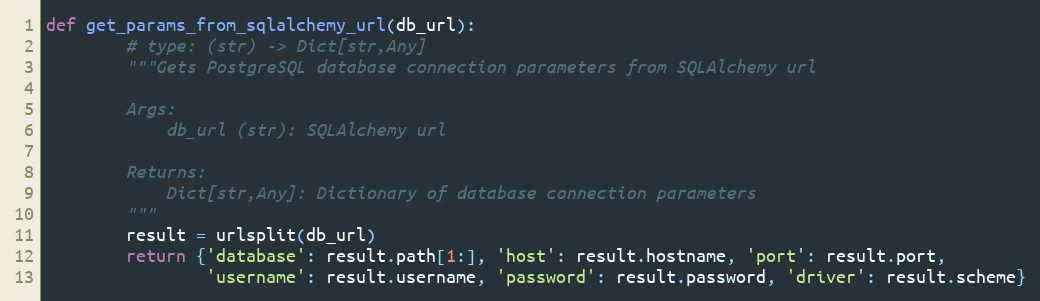
Language: Python
def get_params_from_sqlalchemy_url(db_url):
        # type: (str) -> Dict[str,Any]
        """Gets PostgreSQL database connection parameters from SQLAlchemy url

        Args:
            db_url (str): SQLAlchemy url

        Returns:
            Dict[str,Any]: Dictionary of database connection parameters
        """
        result = urlsplit(db_url)
        return {'database': result.path[1:], 'host': result.hostname, 'port': result.port,
                'username': result.username, 'password': result.password, 'driver': result.scheme}